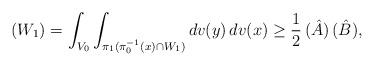
LaTeX: \begin{align*}(W_1) = \int_{V_0} \int_{\pi_1(\pi_0^{-1}(x) \cap W_1)} dv(y) \, dv(x) \geq \frac 12 \, (\hat A) \, (\hat B),\end{align*}